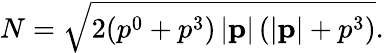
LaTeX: N=\sqrt{2(p^{0}+p^{3})\, |\mathbf{p}|\, (|\mathbf{p}|+p^{3})}.